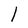
Character: l